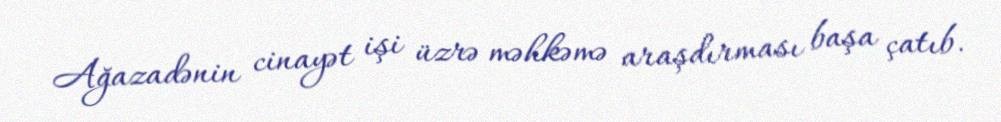
Ağazadənin cinayət işi üzrə məhkəmə araşdırması başa çatıb.